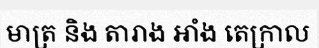
មាត្រ និង តារាង អាំង តេក្រាល